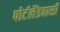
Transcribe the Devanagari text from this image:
पोर्टलैंडवासी